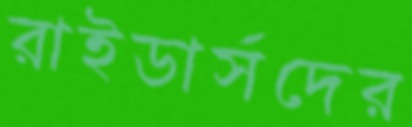
রাইডার্সদের